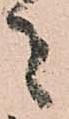
者